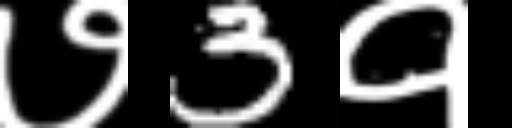
Text: ७3१